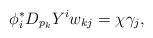
LaTeX: \begin{align*} \phi^*_iD_{p_k}Y^iw_{kj} = \chi \gamma_j,\end{align*}